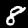
Label: 8